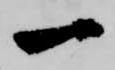
一